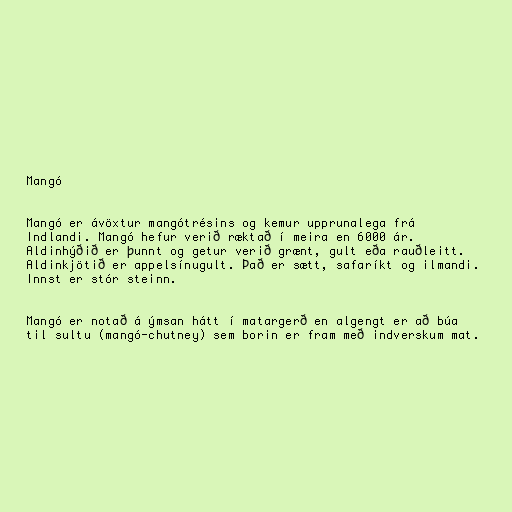
Mangó

Mangó er ávöxtur mangótrésins og kemur upprunalega frá
Indlandi. Mangó hefur verið ræktað í meira en 6000 ár.
Aldinhýðið er þunnt og getur verið grænt, gult eða rauðleitt.
Aldinkjötið er appelsínugult. Það er sætt, safaríkt og ilmandi.
Innst er stór steinn.

Mangó er notað á ýmsan hátt í matargerð en algengt er að búa
til sultu (mangó-chutney) sem borin er fram með indverskum mat.